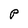
Character: P